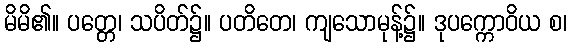
မိမိ၏။ ပတ္တေ၊ သပိတ်၌။ ပတိတေ၊ ကျသောမုန့်၌။ ဒုပက္ကောဝိယ စ၊